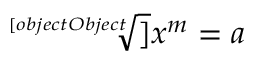
{ \sqrt [ [object Object] ] { x ^ { m } } } = a